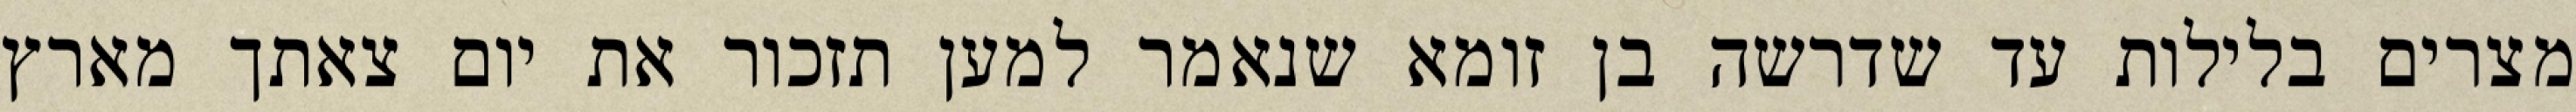
מצרים בלילות עד שדרשה בן זומא שנאמר למען תזכור את יום צאתך מארץ